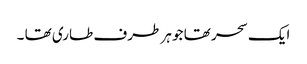
ایک سحر تھا جو ہر طرف طاری تھا ۔